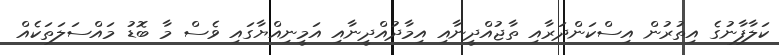
ކަލާފާނުގެ އިތުރުން އިސްކަންދަރާއި ތާޖުއްދީނާއި އިމާދުއްދީނާއި އަމީނިއްޔާގައި ވެސް މާ ބޮޑު މައްސަލަތަކެއް